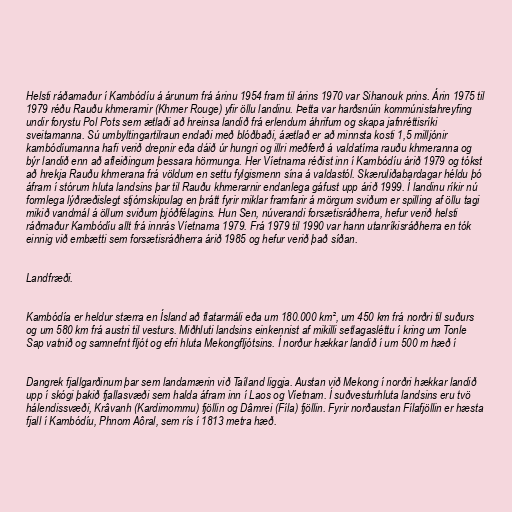
Helsti ráðamaður í Kambódíu á árunum frá árinu 1954 fram til árins 1970 var Sihanouk prins. Árin 1975 til
1979 réðu Rauðu khmerarnir (Khmer Rouge) yfir öllu landinu. Þetta var harðsnúin kommúnistahreyfing
undir forystu Pol Pots sem ætlaði að hreinsa landið frá erlendum áhrifum og skapa jafnréttisríki
sveitamanna. Sú umbyltingartilraun endaði með blóðbaði, áætlað er að minnsta kosti 1,5 milljónir
kambódíumanna hafi verið drepnir eða dáið úr hungri og illri meðferð á valdatíma rauðu khmeranna og
býr landið enn að afleiðingum þessara hörmunga. Her Víetnama réðist inn í Kambódíu árið 1979 og tókst
að hrekja Rauðu khmerana frá völdum en settu fylgismenn sína á valdastól. Skæruliðabardagar héldu þó
áfram í stórum hluta landsins þar til Rauðu khmerarnir endanlega gáfust upp árið 1999. Í landinu ríkir nú
formlega lýðræðislegt stjórnskipulag en þrátt fyrir miklar framfarir á mörgum sviðum er spilling af öllu tagi
mikið vandmál á öllum sviðum þjóðfélagins. Hun Sen, núverandi forsætisráðherra, hefur verið helsti
ráðmaður Kambódíu allt frá innrás Víetnama 1979. Frá 1979 til 1990 var hann utanríkisráðherra en tók
einnig við embætti sem forsætisráðherra árið 1985 og hefur verið það síðan.

Landfræði.

Kambódía er heldur stærra en Ísland að flatarmáli eða um 180.000 km², um 450 km frá norðri til suðurs
og um 580 km frá austri til vesturs. Miðhluti landsins einkennist af mikilli setlagasléttu í kring um Tonle
Sap vatnið og samnefnt fljót og efri hluta Mekongfljótsins. Í norður hækkar landið í um 500 m hæð í

Dangrek fjallgarðinum þar sem landamærin við Taíland liggja. Austan við Mekong í norðri hækkar landið
upp í skógi þakið fjallasvæði sem halda áfram inn í Laos og Víetnam. Í suðvesturhluta landsins eru tvö
hálendissvæði, Krâvanh (Kardimommu) fjöllin og Dâmrei (Fíla) fjöllin. Fyrir norðaustan Fílafjöllin er hæsta
fjall í Kambódíu, Phnom Aôral, sem rís í 1813 metra hæð.